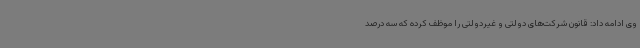
وی ادامه داد: قانون شرکت‌های دولتی و غیردولتی را موظف کرده که سه درصد